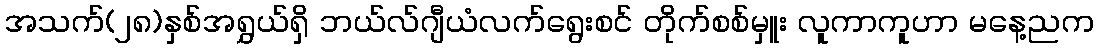
အသက်(၂၈)နှစ်အရွှယ်ရှိ ဘယ်လ်ဂျီယံလက်ရွေးစင် တိုက်စစ်မှူး လူကာကူဟာ မနေ့ညက